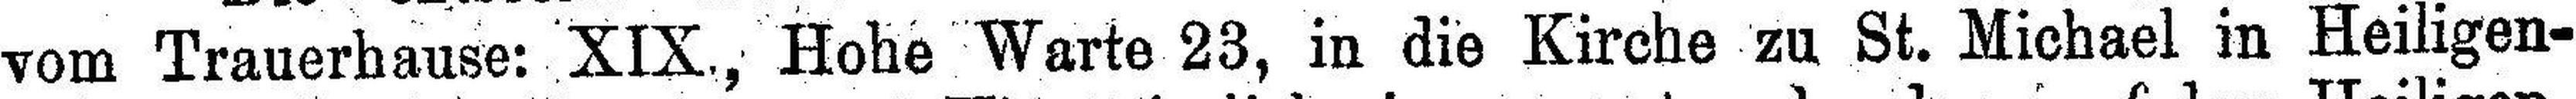
vom Trauerhause: XIX, Hohe Warte 23, in die Kirche zu St. Michael in Heiligen¬